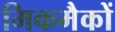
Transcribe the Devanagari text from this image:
मिकमैकों